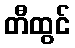
တီထွင်